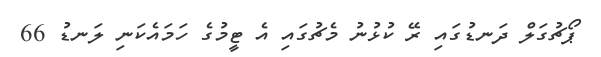
ޕޯޗުގަލް ދަނޑުގައި ރޭ ކުޅުނު މެޗުގައި އެ ޓީމުގެ ހަމައެކަނި ލަނޑު 66